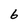
Character: 6